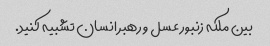
بین ملکه زنبور عسل و رهبر انسان تشبیه کنید.